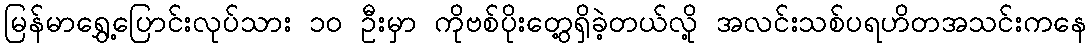
မြန်မာရွှေ့ပြောင်းလုပ်သား ၁၀ ဦးမှာ ကိုဗစ်ပိုးတွေ့ရှိခဲ့တယ်လို့ အလင်းသစ်ပရဟိတအသင်းကနေ